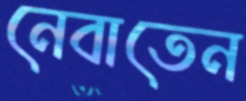
নেবাতেন